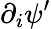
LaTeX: \partial_{i}\psi^{\prime}